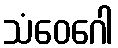
သံဝေဂေါ